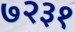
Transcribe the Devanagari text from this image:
७२३१